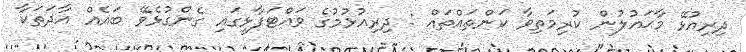
ދިރިއުޅޭ މާޙައުލުން ކުރިމަތިވާ ކަންތައްތައް : ދިރިއުޅުމުގެ ވައްޓަފާޅީގައި ގެންގުޅެވޭ ބައެއް އާދަތަކާ